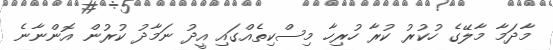
މާދަމާ މާލޭގެ ހުކުރު ކުރާ ހުރިހާ މިސްކިތެއްގައި އީދު ނަމާދު ކުރުން އޮންނާނެ